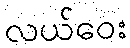
လယ်ဝေး